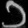
Digit: ၁